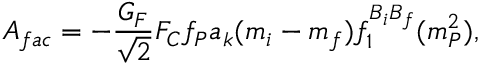
A _ { f a c } = - { \frac { G _ { F } } { \sqrt { 2 } } } F _ { C } f _ { P } a _ { k } ( m _ { i } - m _ { f } ) f _ { 1 } ^ { B _ { i } B _ { f } } ( m _ { P } ^ { 2 } ) ,